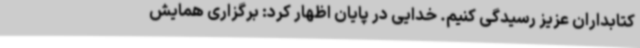
کتابداران عزیز رسیدگی کنیم. خدایی در پایان اظهار کرد: برگزاری همایش